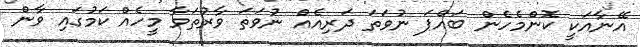
އޭނާއަކީ ކޮންމެހެން ބައްޕަ ނުވަތަ ދަރިއެއް ނުވަތަ ވާރުތަވާ މީހެއް ކަމުގައި ވާން